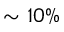
\sim 1 0 \%